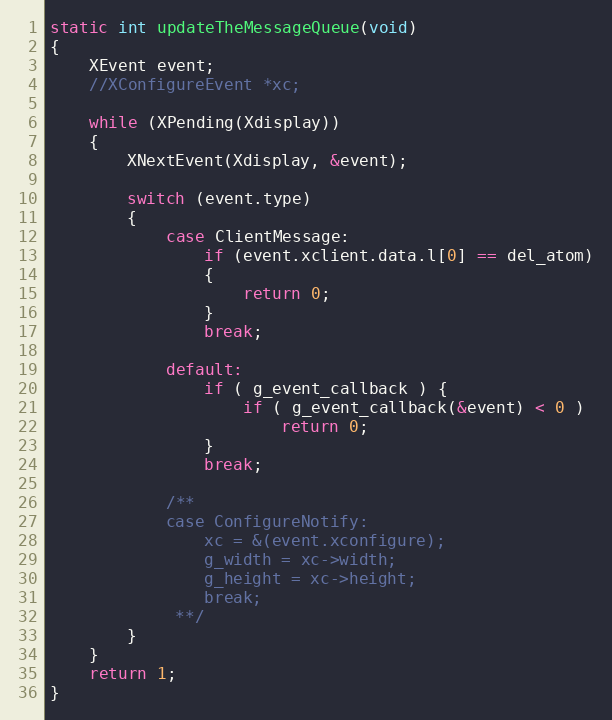
Language: C
static int updateTheMessageQueue(void)
{
	XEvent event;
	//XConfigureEvent *xc;

	while (XPending(Xdisplay))
	{
		XNextEvent(Xdisplay, &event);

		switch (event.type)
		{
			case ClientMessage:
				if (event.xclient.data.l[0] == del_atom)
				{
					return 0;
				}
				break;

			default:
				if ( g_event_callback ) {
					if ( g_event_callback(&event) < 0 )
						return 0;
				}
				break;

			/**
			case ConfigureNotify:
				xc = &(event.xconfigure);
				g_width = xc->width;
				g_height = xc->height;
				break;
			 **/
		}
	}
	return 1;
}